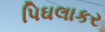
પિઘલાકર